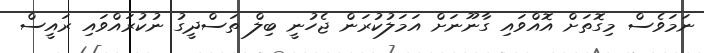
ނަމަވެސް މިގޮތަށް އޮއްވައި ގާނޫނަށް އަމަލުކުރަން ޖެހުނީ ބިލް ތަސްދީގު ނުކުރައްވައި ރައީސް